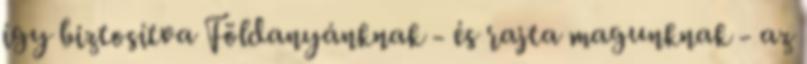
így biztosítva Földanyánknak - és rajta magunknak - az